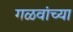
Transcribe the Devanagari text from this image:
गळवांच्या